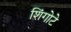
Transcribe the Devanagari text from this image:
शिंगोटे